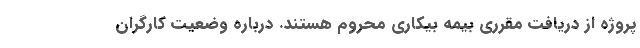
پروژه از دریافت مقرری بیمه بیکاری محروم هستند. درباره وضعیت کارگران